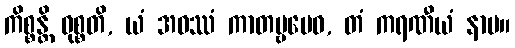
ကိစ္စန္တိ ဝုစ္စတိ, ယံ အဝဿံ ကာတဗ္ဗမေဝ, တံ ကရဏီယံ နာမ။